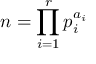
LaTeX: n = \prod _ { i = 1 } ^ { r } p _ { i } ^ { a _ { i } }